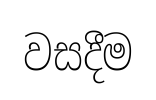
වසදීම